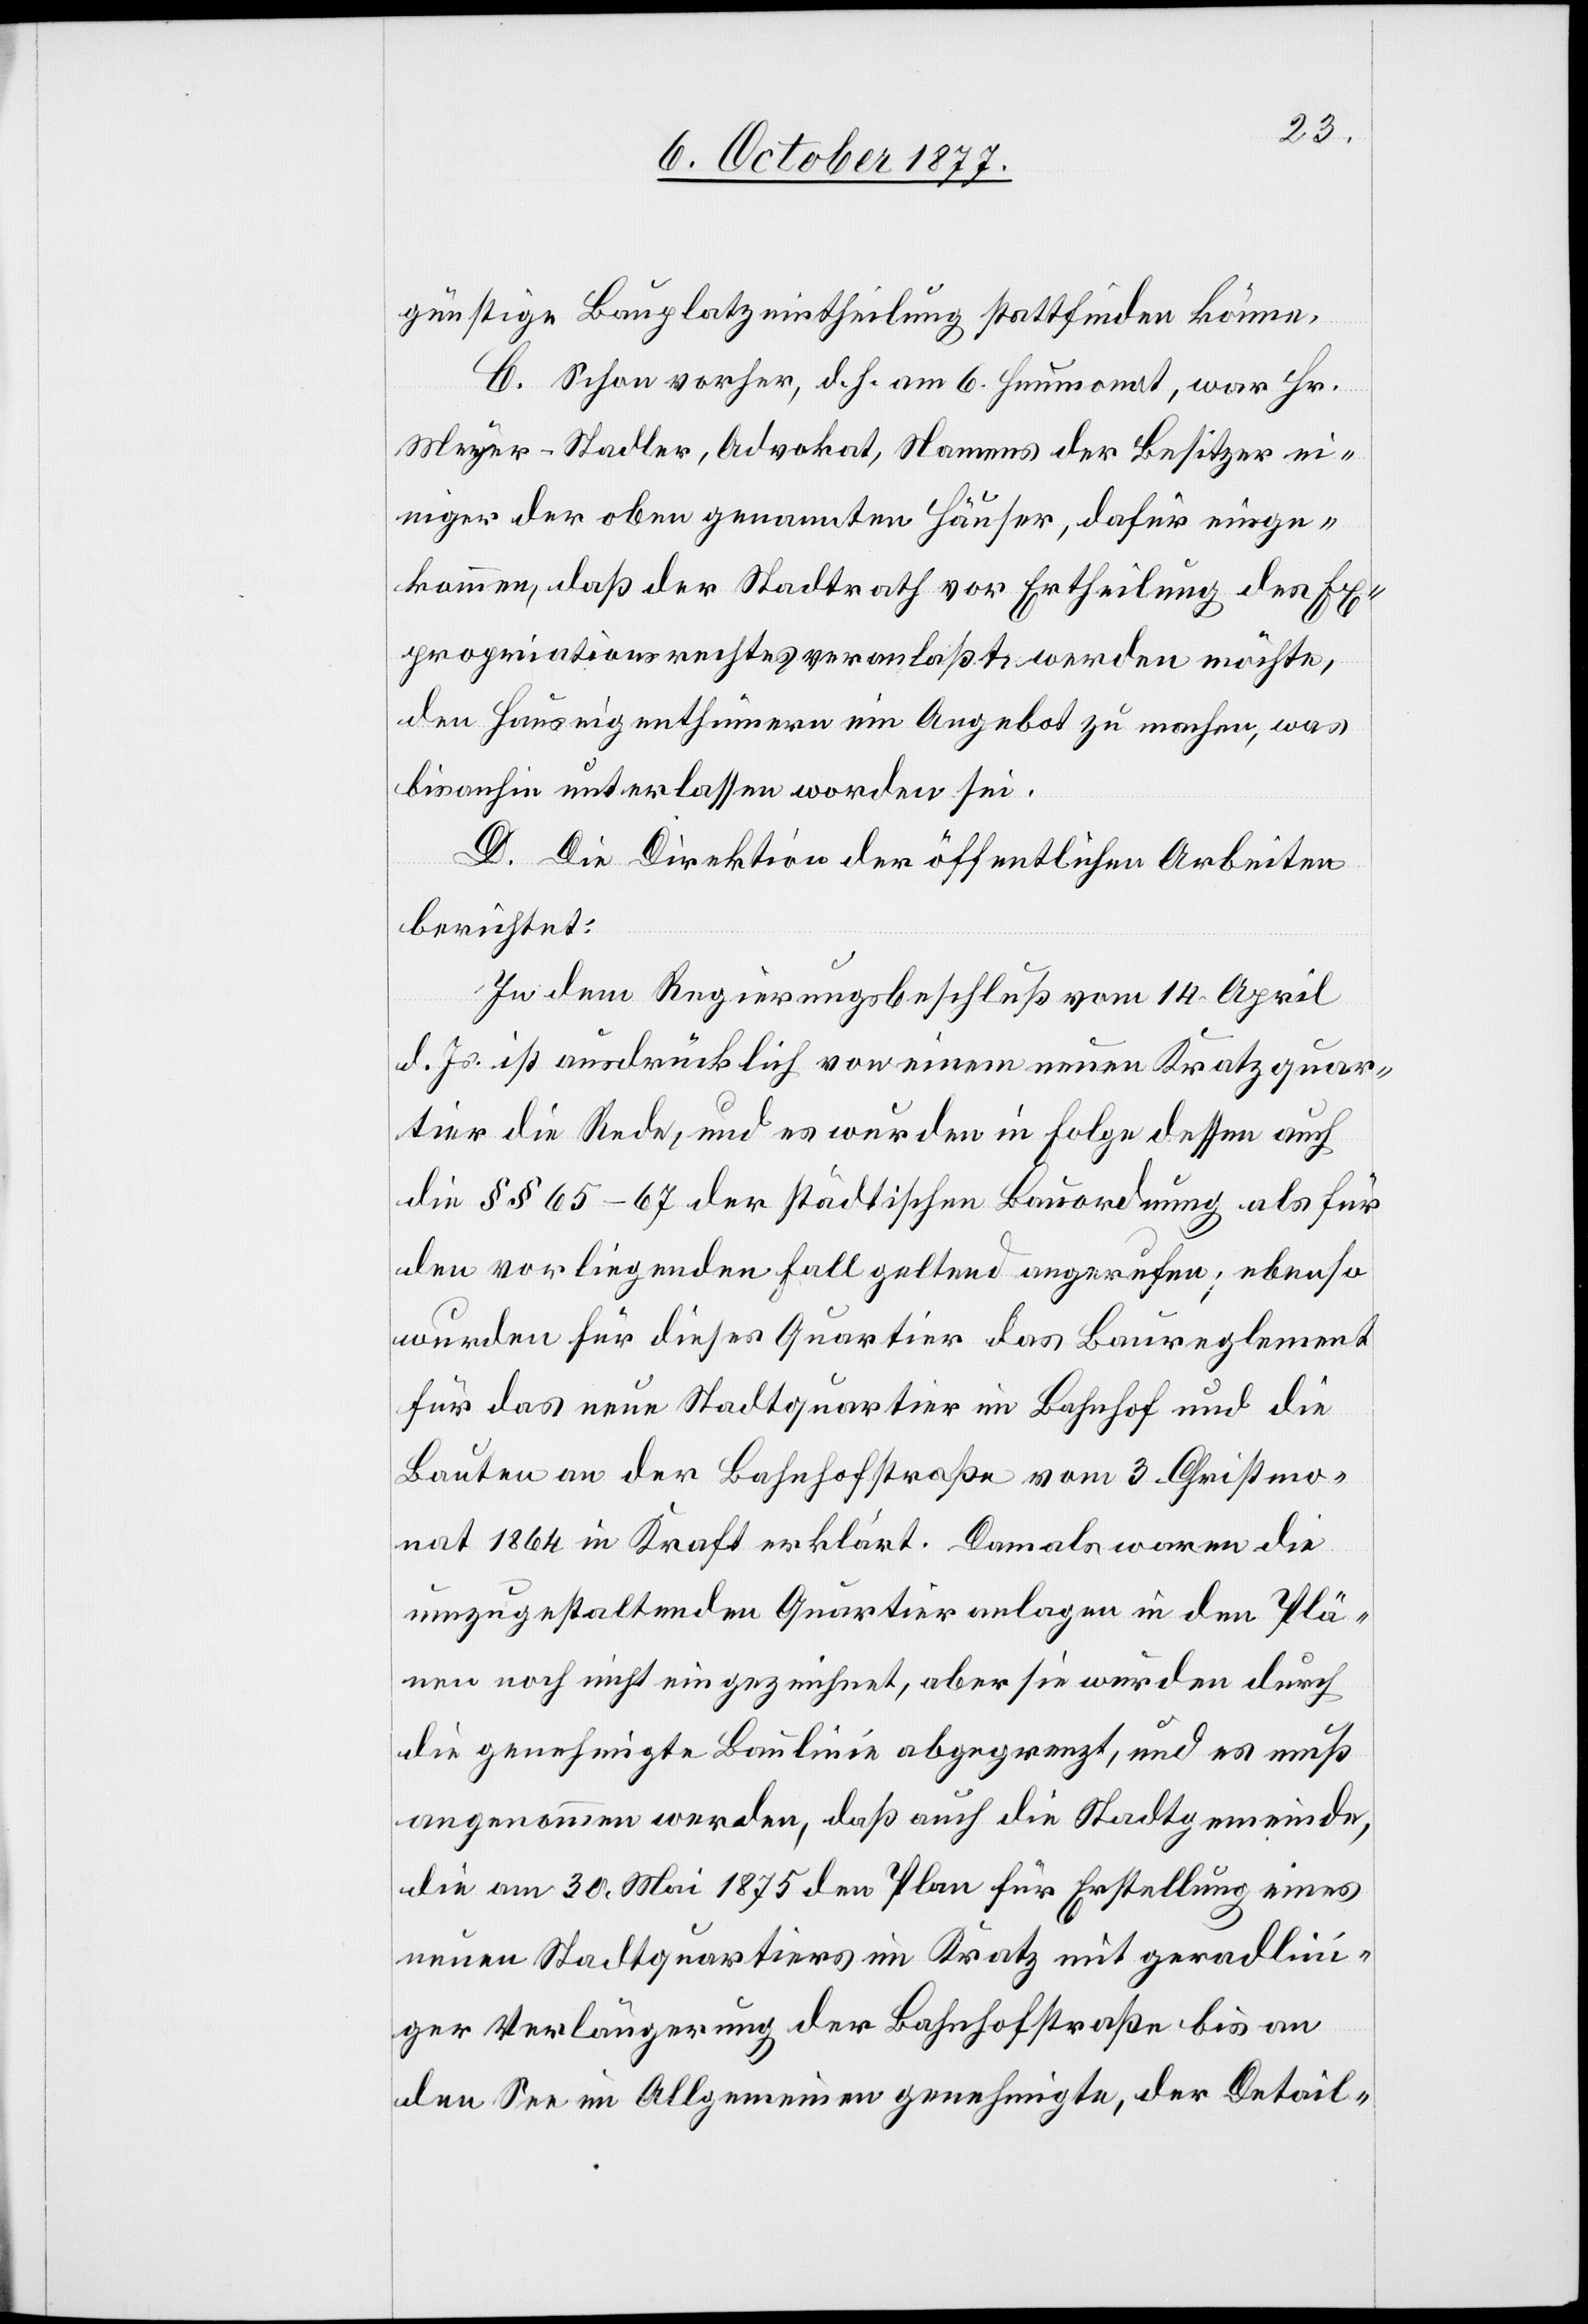
günstige Bauplatzeintheilung stattfinden könne.
C. Schon vorher, d. h. am 6. Heumonat, war Hr.
Meyer-Stadler, Advokat, Namens der Besitzer ei¬
niger der oben genannten Häuser, dafür einge¬
kommen, daß der Stadtrath vor Ertheilung des Ex¬
propriationsrechtes veranlaßt werden möchte,
den Hauseigenthümern ein Angebot zu machen, was
bisanhin unterlassen worden sei.
D. Die Direktion der öffentlichen Arbeiten
berichtet:
In dem Regierungsbeschluß vom 14. April
d. Js. ist ausdrücklich von einem neuen Kratzquar¬
tier die Rede, und es wurden in Folge dessen auch
die §§ 65–67 der städtischen Bauordnung als für
den vorliegenden Fall geltend angerufen; ebenso
wurden für dieses Quartier das Baureglement
für das neue Stadtquartier im Bahnhof und die
Bauten an der Bahnhofstraße vom 3. Christmo¬
nat 1864 in Kraft erklärt. Damals waren die
umzugestaltenden Quartieranlagen in den Plä¬
nen noch nicht eingezeichnet, aber sie wurden durch
die genehmigte Baulinie abgegrenzt, und es muß
angenommen werden, daß auch die Stadtgemeinde,
die am 30. Mai 1875 den Plan für Erstellung eines
neuen Stadtquartiers im Kratz mit geradlini¬
ger Verlängerung der Bahnhofstraße bis an
den See im Allgemeinen genehmigte, der Detail-